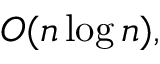
O ( n \log n ) ,